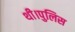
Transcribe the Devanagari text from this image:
थी।पुलिस